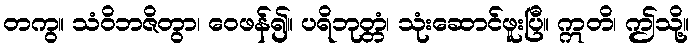
တကွ။ သံဝိဘဇိတွာ၊ ဝေဖန်၍။ ပရိဘုတ္တံ၊ သုံးဆောင်ဖူးပြီ။ ဣတိ၊ ဤသို့။